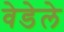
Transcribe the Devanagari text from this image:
वेडेले